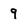
Character: 9